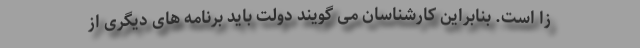
زا است. بنابراین کارشناسان می گویند دولت باید برنامه های دیگری از